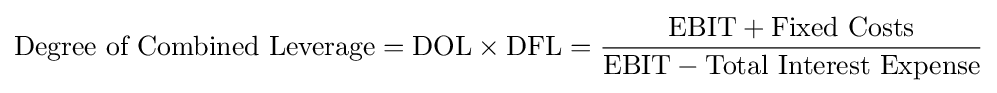
{\text{Degree of Combined Leverage}}={\text{DOL}}\times {\text{DFL}}={\frac {\mathrm {EBIT} +{\text{Fixed Costs}}}{\mathrm {EBIT} -{\text{Total Interest Expense}}}}